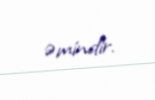
əmindir.